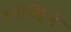
સાશક